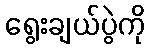
ရွေးချယ်ပွဲကို